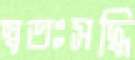
স্বতঃসদ্ধি